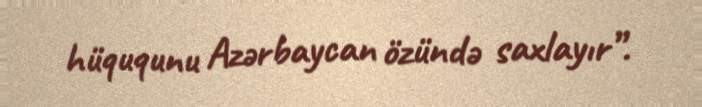
hüququnu Azərbaycan özündə saxlayır”.